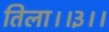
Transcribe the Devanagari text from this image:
तिला।।३।।